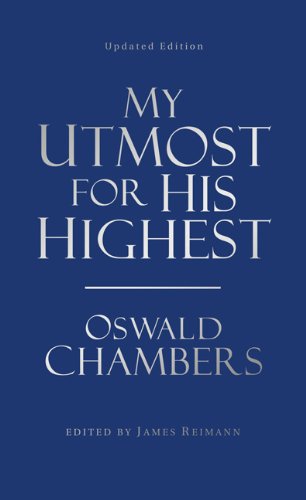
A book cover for My Utmost for His Highest: Value Edition; Oswald Chambers; Christian Books & Bibles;